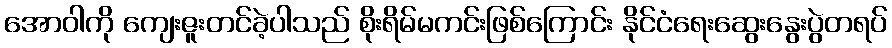
အောဝါကို ကျေးဇူးတင်ခဲ့ပါသည် စိုးရိမ်မကင်းဖြစ်ကြောင်း နိုင်ငံရေးဆွေးနွေးပွဲတရပ်